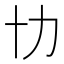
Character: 㔹